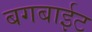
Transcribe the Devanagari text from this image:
बगबाईट